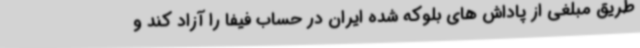
طریق مبلغی از پاداش های بلوکه شده ایران در حساب فیفا را آزاد کند و